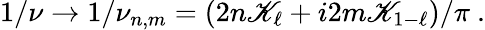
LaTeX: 1/\nu\rightarrow1/\nu_{n,m}=(2n\mathscr{K}_{\ell}+i2m\mathscr{K}_{1-\ell})/\pi~.